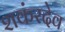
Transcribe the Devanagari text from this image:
शकंरदेव